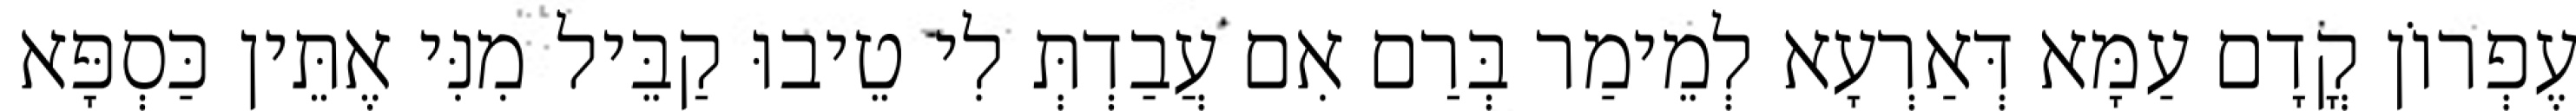
עֶפְרוֹן קֳדָם עַמָּא דְּאַרְעָא לְמֵימַר בְּרַם אִם עֲבַדְתְּ לִי טֵיבוּ קַבֵּיל מִנִּי אֶתֵּין כַּסְפָּא